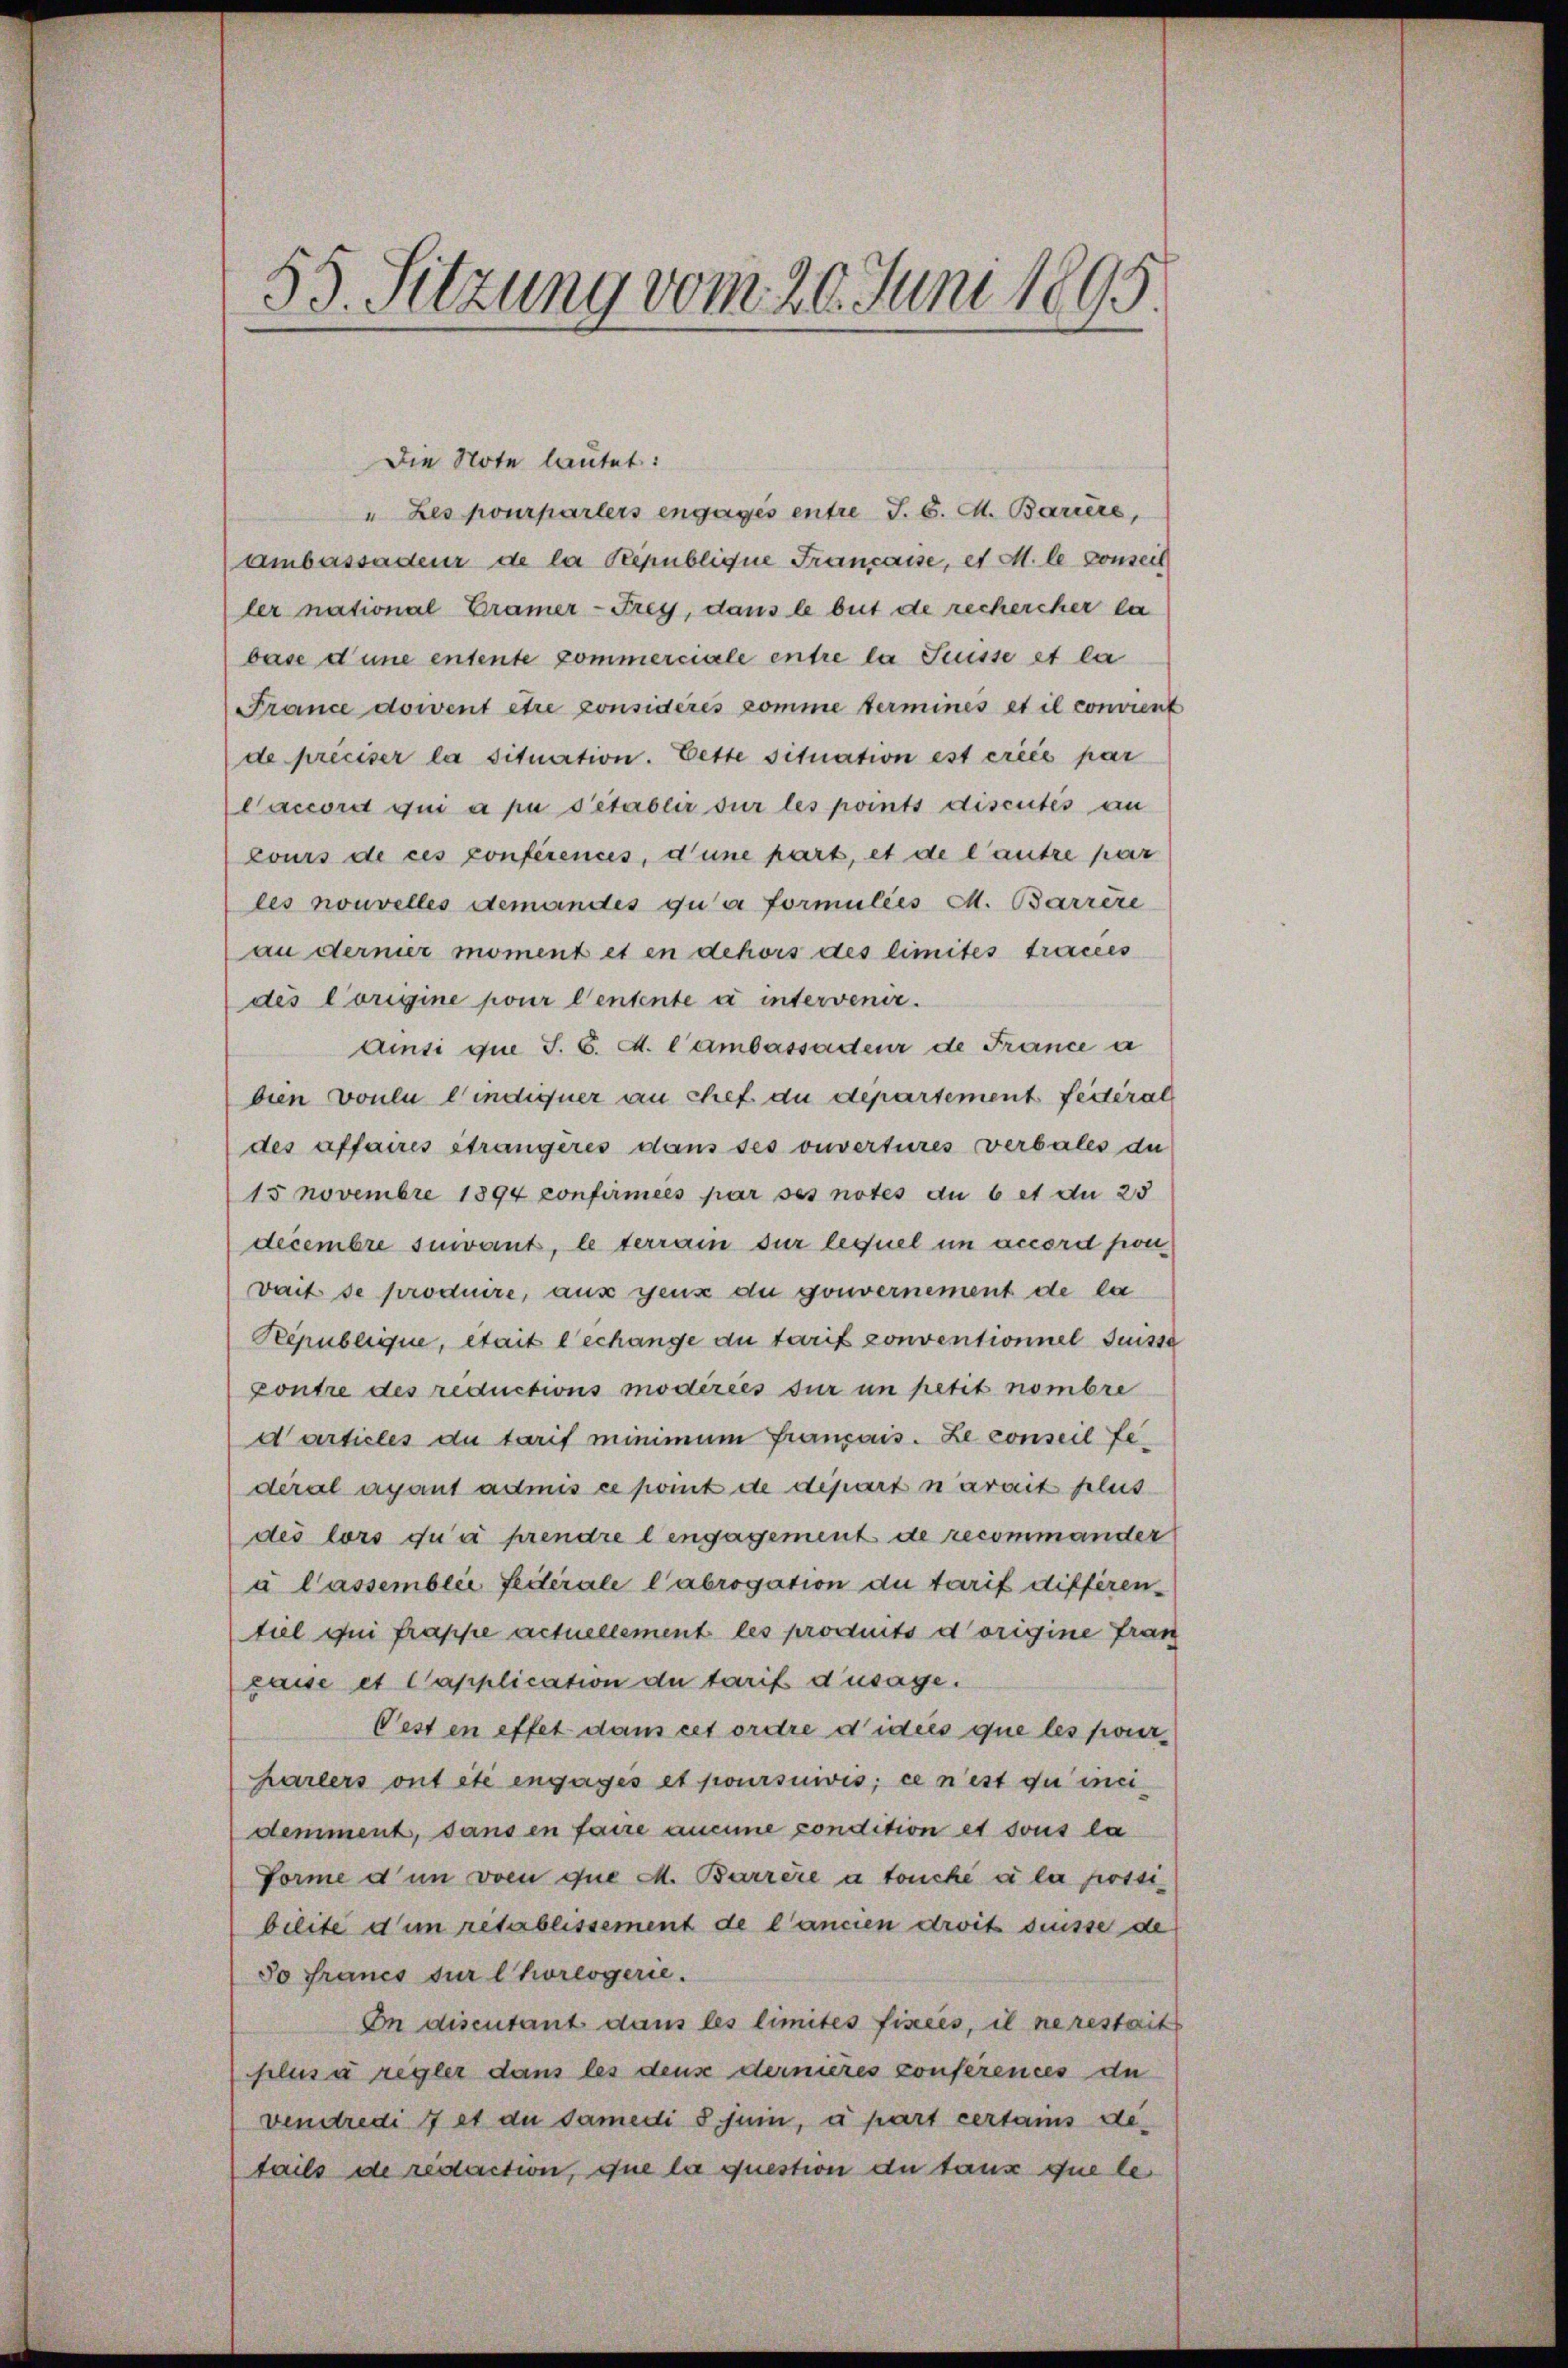
55. Sitzung vom 20. Juni 1895.

Die Note lautet:
" Les pourparlers engagés entre J. C. M. Bariere,
ambassadeur de la République Francasse, et M. le consech
ler national Cramer-Frey, dans le but de rechercher la
base d’une entente commerciale entre la Seusse et la
France dowent être considérés comme termines et il convient
de préciser la situation. Bette situation est créée par
Caccord qui a pu s’établir sur les points discutés au
cours de ces conferences, d’une part, et de l’autre par
les nouvelles demandés qua formulies M. Barrère
au dernier moment et en dehors des limites tracces
des Corigine pour l’entente u intervenir.
Ainsi que S. 6. d. Cambassadeur de France a
dien voulu l’indiquer au chef du departement feieral
des affaires strangeres dans ses ouvertures verbales du
15 Novembre 1894 confirmées par ses notes du 6 et du 25
decembre suivant, le terrain sur lequel in accord pon¬
Dait se produire, aus genz du gouvernement de la
Republique, était lechange au tarif conventionnel desse
contre des reductions modérées sur um petit nombre
darticles du tarif minimum français. Le conseil Lederal ayant admis ce point de dipart narait plus
des lors qu’à prendre lengagement de recommander
a lassemblie Federale l’abrogation du tarif differentuel qui frappe actuellement les produits dorigine fran
passe et Capplication du tarif d’usage.
Pest en effet dans cet ordre didiis que les pourharlers ont etc engagés et poursuivis; ce n’est du inei
demment, dans en faire aucune condition et sous la
Forme d in vom que M. Barrère à touche a la possibilité d’un rétablissement de l’ancien droit suisse de
So Francs sur l’horesgerie.
On discutant dans les limites fixées, il ne restaits
plus à regler dans les dens dernieres conferences du
vendredi 7 et du damedi 8 jui, à part certams details de restaction, que la question de taux que le